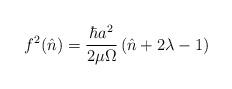
LaTeX: \begin{align*}f^2(\hat n) = \frac{\hbar a^2}{2\mu\Omega}\left(\hat n+2\lambda-1\right)\end{align*}